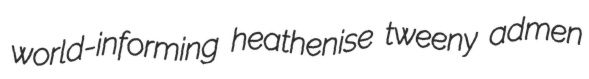
world-informing heathenise tweeny admen